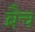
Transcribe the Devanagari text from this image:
ब्रैच